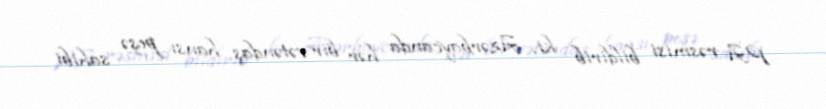
PA rəsmisi bildirib ki, Azərbaycanda hər bir vətəndaş hansı peşə sahibi